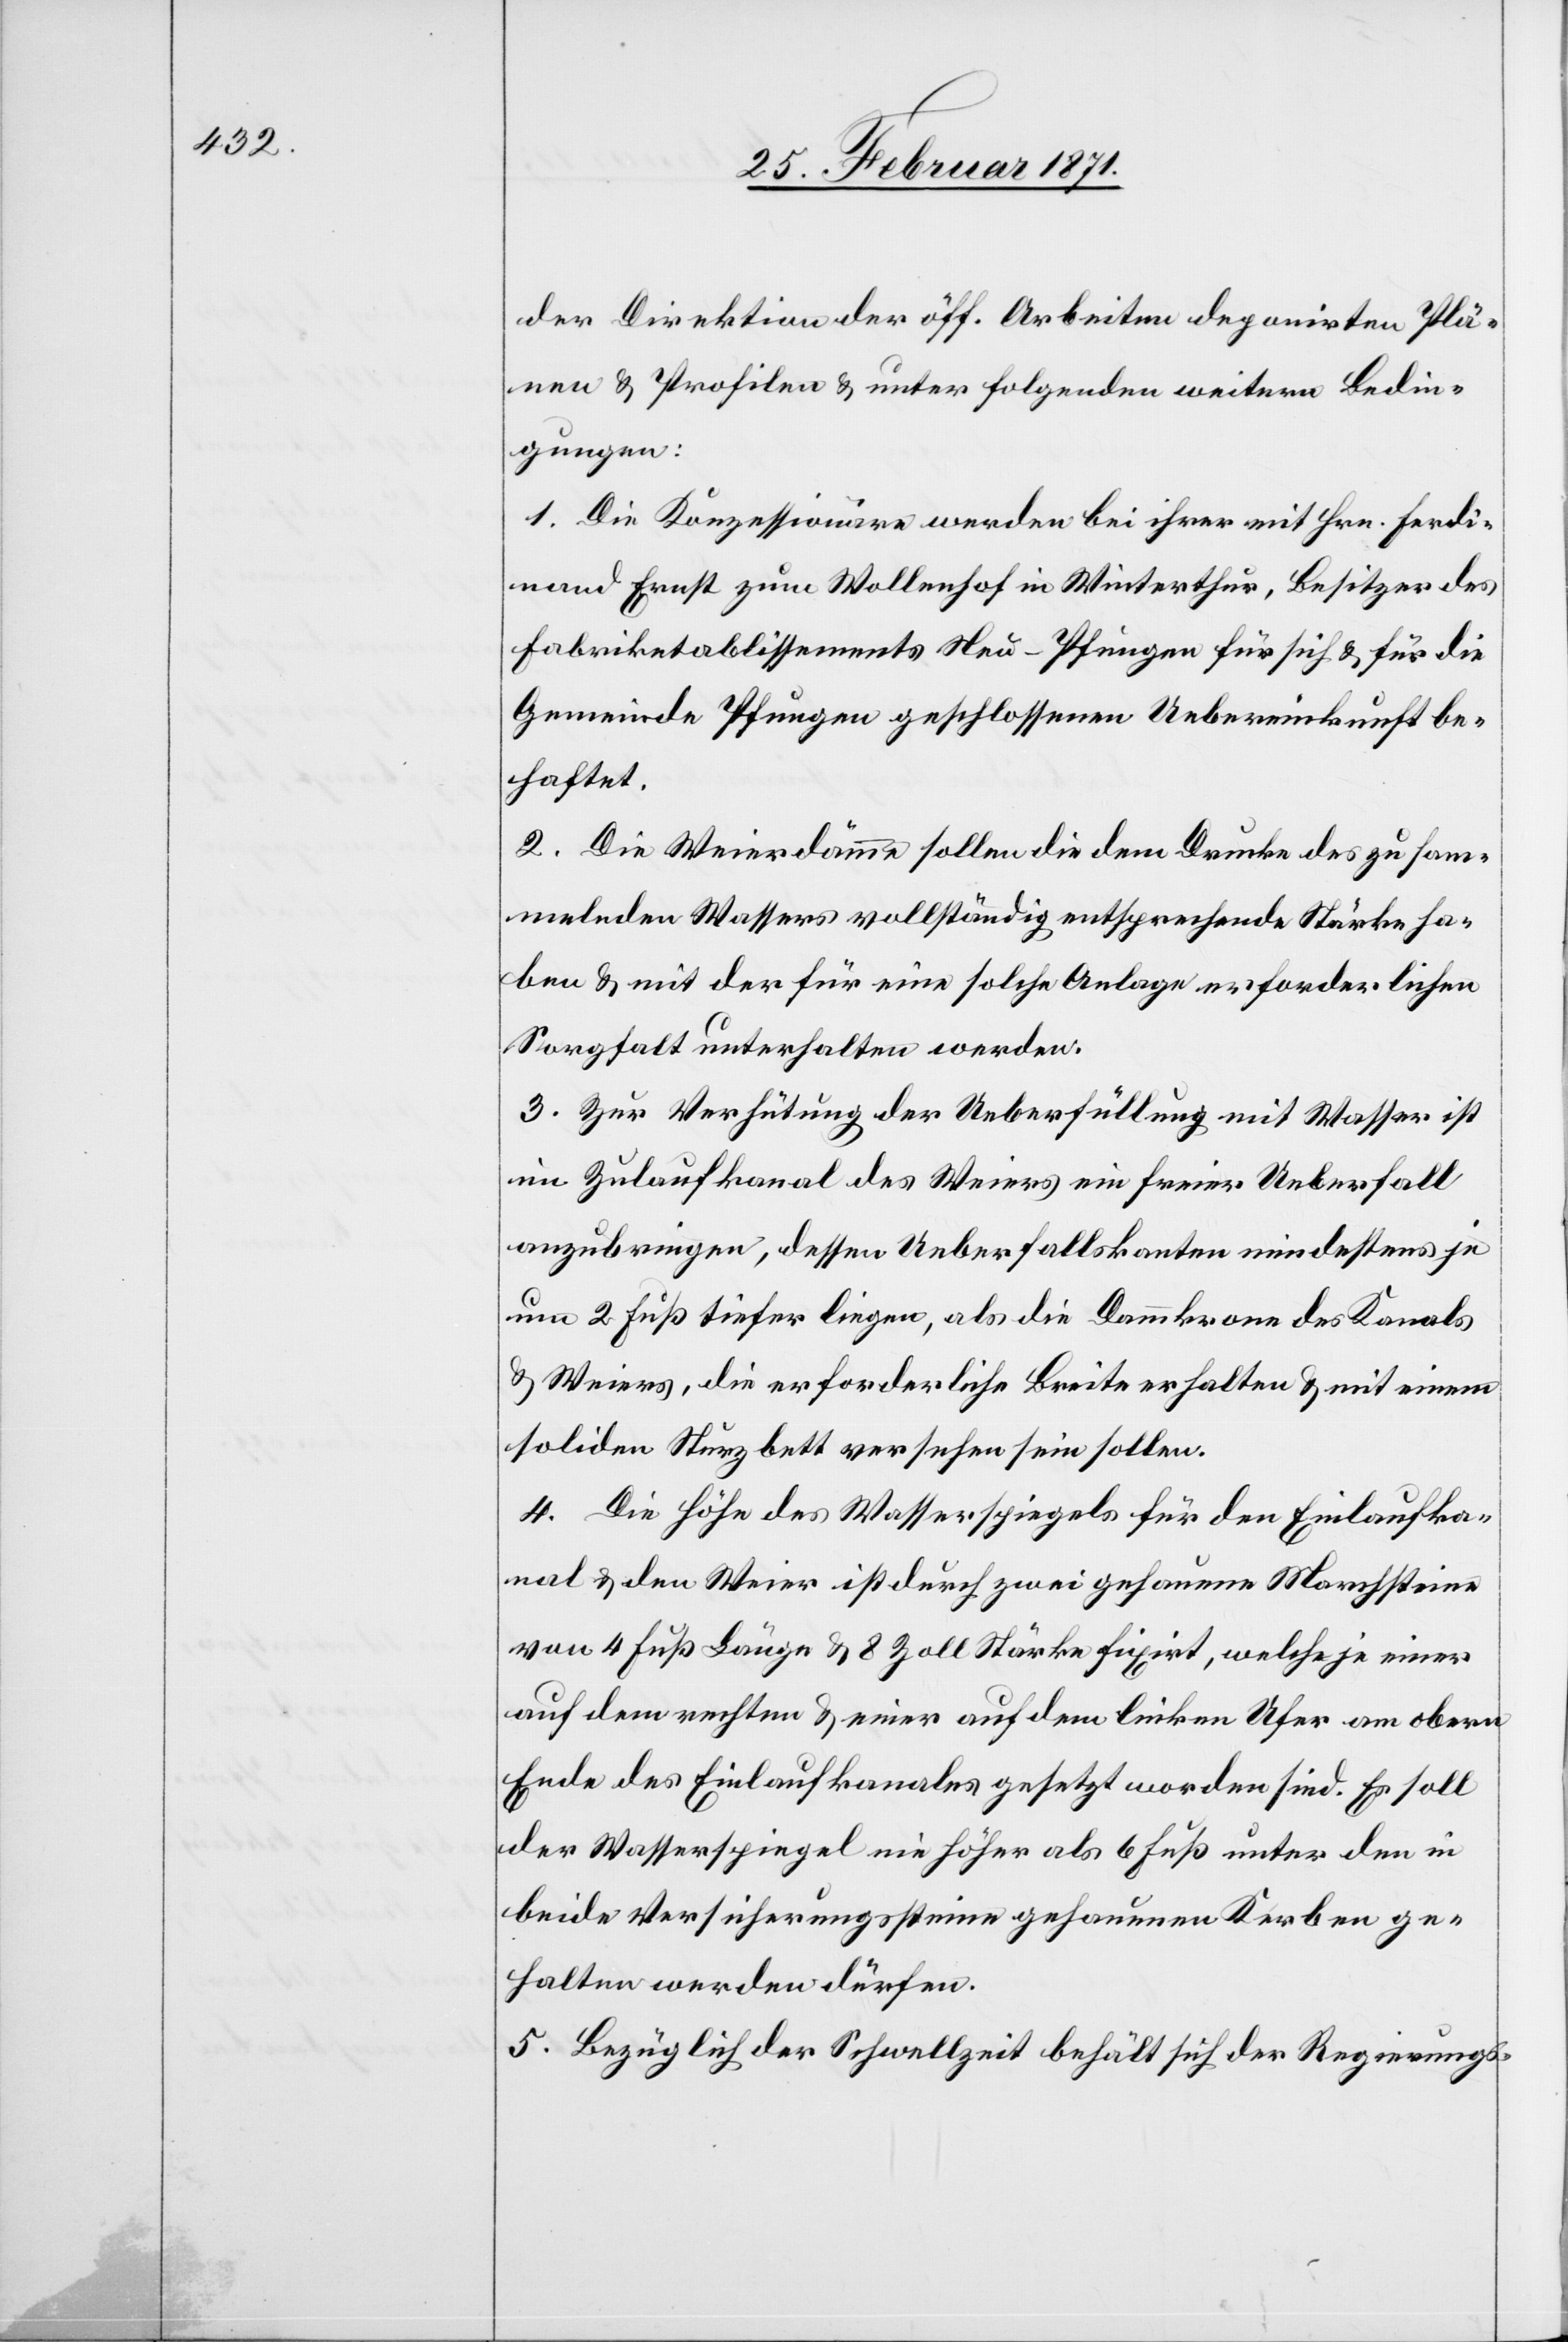
der Direktion der öff. Arbeiten deponirten Plä¬
nen u. Profilen u. unter folgenden weitern Bedin¬
gungen:
1. Die Konzessionäre werden bei ihrer mit Hrn. Ferdi¬
nand Ernst zum Wollenhof in Winterthur, Besitzer des
Fabriketablissements Neu-Pfungen für sich u. für die
Gemeinde Pfungen geschlossenen Uebereinkunft be¬
haftet.
2. Die Weierdämme sollen die dem Drucke des zu sam¬
melnden Wassers vollständig entsprechende Stärke ha¬
ben u. mit der für eine solche Anlage erforderlichen
Sorgfalt unterhalten werden.
3. Zur Verhütung der Ueberfüllung mit Wasser ist
im Zulaufkanal des Weiers ein freier Ueberfall
anzubringen, dessen Ueberfallskanten mindestens je
um 2 Fuß tiefer liegen, als die Dammkrone des Kanals
u. Weiers, die erforderliche Breite erhalten u. mit einem
soliden Sturzbett versehen sein sollen.
4. Die Höhe des Wasserspiegels für den Einlaufka¬
nal u. den Weier ist durch zwei gehauene Marchsteine
von 4 Fuß Länge u. 8 Zoll Stärke fixirt, welche je einer
auf dem rechten u. einer auf dem linken Ufer am obern
Ende des Einlaufkanales gesetzt worden sind. Es soll
der Wasserspiegel nie höher als 6 Fuß unter den in
beide Versicherungssteine gehauenen Kerben ge¬
halten werden dürfen.
5. Bezüglich der Schwellzeit behält sich der Regierungs-